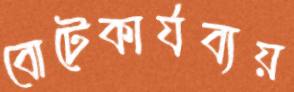
বোটেকার্যব্যয়